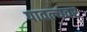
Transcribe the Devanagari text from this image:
पावल्यवर